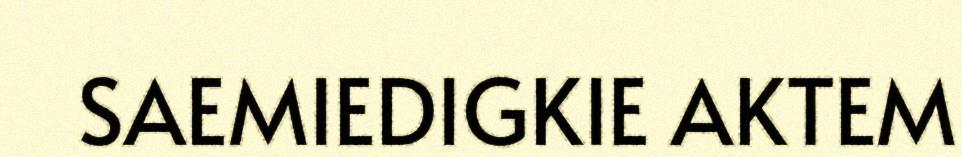
SAEMIEDIGKIE AKTEM